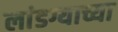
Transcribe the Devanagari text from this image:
लांडग्याच्या